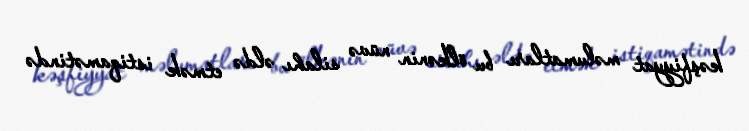
kəşfiyyat məlumatları bu ölkənin nüvə silahı əldə etmək istiqamətində